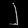
Digit: ၂